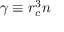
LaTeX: \gamma \equiv r _ { c } ^ { 3 } n